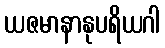
ယဇမာနာနုပရိယဂါ